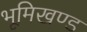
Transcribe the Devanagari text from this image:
भूमिखण्ड